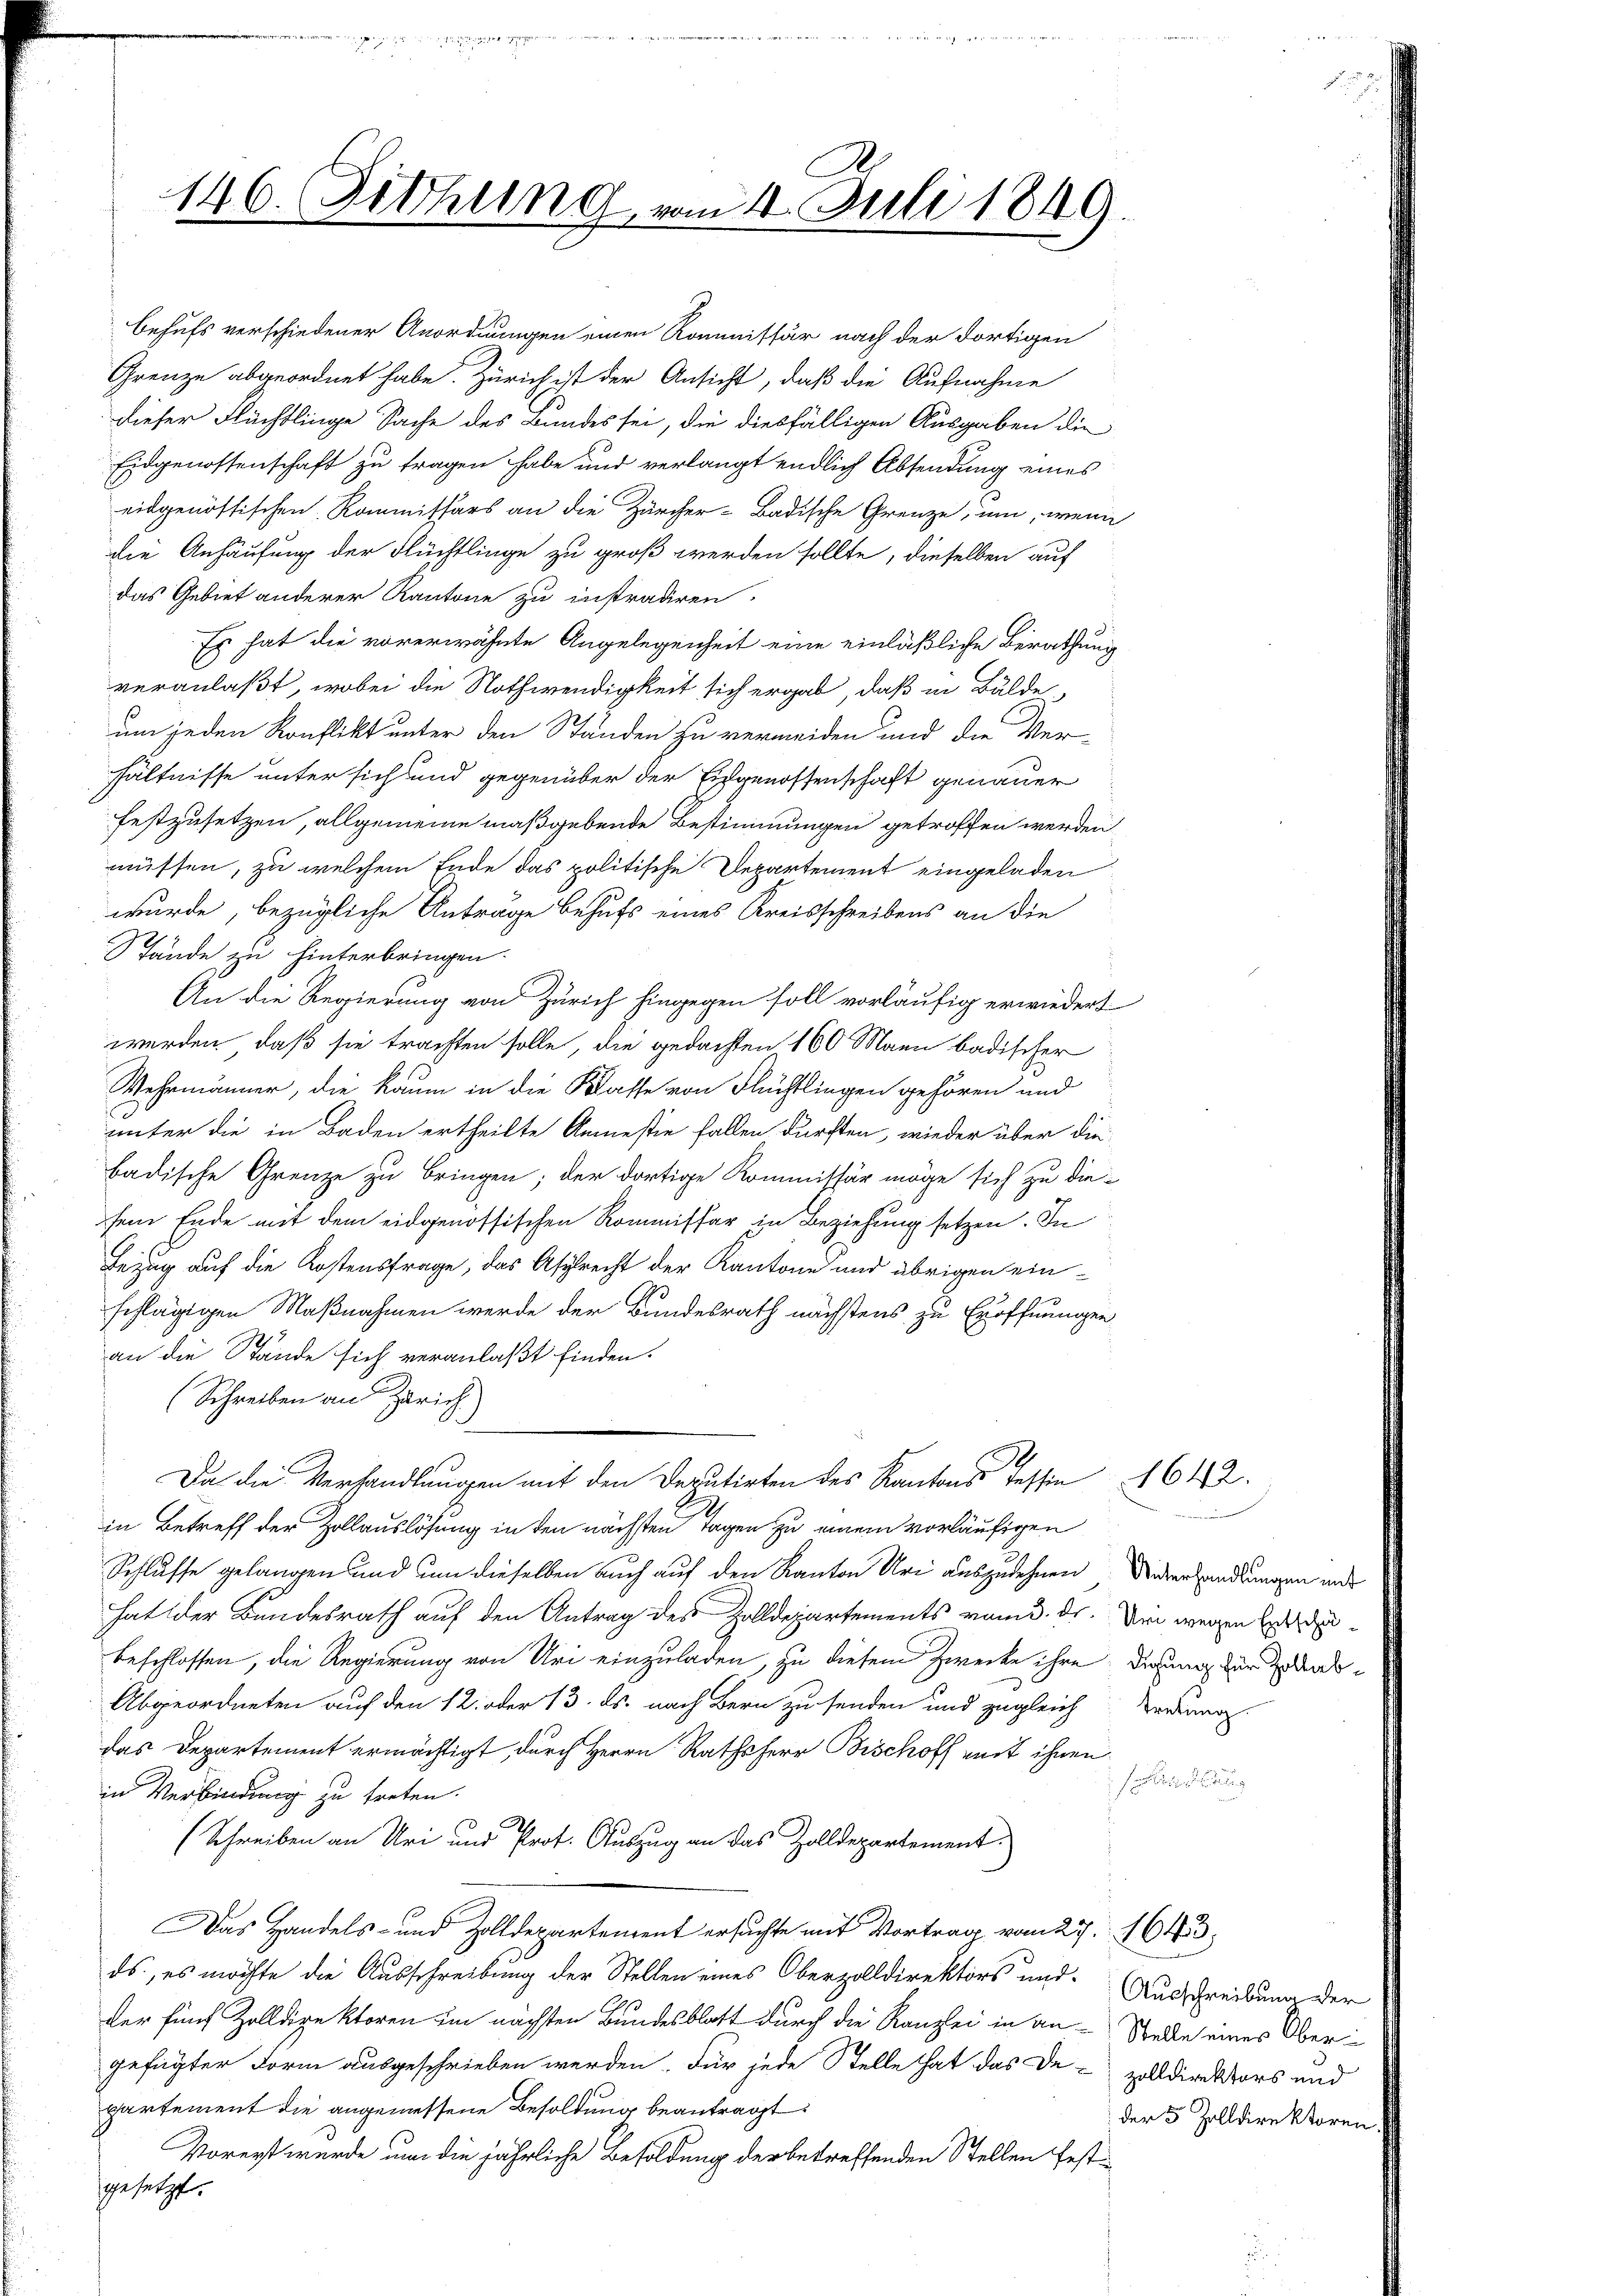
146. Fetthung, vom 4. Juli 1849

behufs verschiedener Anordnungen einen Kommissär nach der dortigen
Grenze abgeordnet habe. Zürich ist der Ansicht, daß die Aufnahme
dieser Flächtlinge Sache des Bundes sei, die diesfälligen Ausgaben die
Eidgenossenschaft zu tragen habe und verlangt endlich Absendung eines
eidgenössischen Kommissärs an die Zürcher-Badische Grenze, um, wenn
die Anhäufung der Flüchtlinge zu groß werden sollte, dieselben auf
das Gebiet anderer Kantone zu instradiren.
Es hat die vorerwähnte Angelegenheit eine einläßliche Berathung
veranlaßt, wobei die Nothwendigkeit sich ergab, daß in Bulde
um jeden Konflikt unter den Ständen zu vermeiden und die Ver-
hhältnisse unter sich und gegenüber der Eidgenossenschaft genauer
festzusetzen, allgemeine maßgebende Bestimmungen getroffen werden
müssen, zu welchem Ende das politische Departement eingeladen
wurde, bezügliche Anträge behufs eines Kreisschreibens an die
Stände zu hinterbringen.
An die Regierung von Zürich hingegen soll vorläufig erwiedert
werden, daß sie trachten solle, die gedachten 160 Mann badischer
Wehrmänner, die kaum in die Klasse von Flüchtlingen gehören und
unter die in Baden ertheilte Anmestie fallen dürften, wieder über die
badische Grenze zu bringen; der dortige Kommissär möge sich zu die-
sem Ende mit dem eidgenössischen Kommissär in Beziehung setzen. In
Bezug auf die Kostensfrage, das Asylrecht der Kantone und übrigen einschlägigen Maßnahmen werde der Bundesrath nächstens zu Eröffnungen
an die Stände sich veranlaßt finden.
(Schreiben an Zürich)
Da die Verhandlungen mit den Deputirten des Kantons Tessin 1642.
in Betreff der Zollauslösung in den nächsten Tagen zu einem vorläufigen
Schlusse gelangen und um dieselben auch auf den Kanton Uri auszudehnen Unterhandlungen unhat der Bundesrath auf den Antrag des Zolldepartements vom 3. ds. Die wegen E
beschlossen, die Regierung von Uri einzuladen, zu diesem Zwecke ihre der für dan
Abgeordneten auf den 12. oder 13. ds. nach Bern zu senden und zugleich werden.
das Departement ermächtigt, durch Herrn Rathsherr Bischoff weit ihnen
Ferdies
in Verbindung zu treten.
(Schreiben an Uri und Prof. Auszug an das Zolldepartement
Das Handels- und Zolldepartement ersuchte mit Vortrag vom 27. 1643.
ds, es möchte die Ausschreibung der Stellen eines Oberzolldirektors und Ausschreibung der
der fünf Zolldige ktoren im nächsten Bundesblatt durch die Kanzlei in an-Stelle eines Obergefügter Form ausgeschrieben werden. Für jede Stelle hat das De-Zolldirektors und
partement die angemessene Besoldung beantragt
Vorerst wurde um die jährliche Besoldung der betreffenden Stellen festgesetzt.

der 5 Zolldirektoren